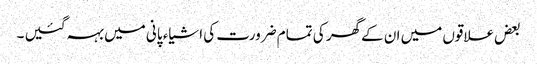
بعض علاقوں میں ان کےگھر کی تمام ضرورت کی اشیاء پانی میں بہہ گئیں ۔